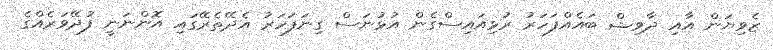
ޒެވިޔަން އާއި ދާވިޝް ބައެއްފަހަރު ރުޅިއައިސްގެން އުޅުނަސް ގިނަފަހަރު އެދޭތެރޭގައި އޮންނަނީ ފުދޭވަރެއްގެ